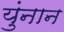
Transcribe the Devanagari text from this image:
युंनान